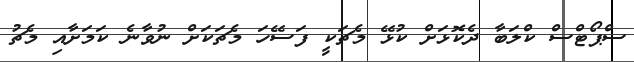
ސްޕޯޓްސް ކްލަބާ ދެކޮޅަށް ކުޅޭ މެޗަކީ ފަސޭހަ މެޗަކަށް ނުވާނެ ކަމަށާއި މެޗު